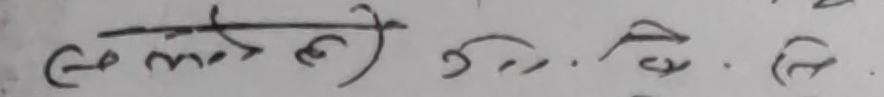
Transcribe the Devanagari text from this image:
के मतले ३. ग.